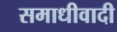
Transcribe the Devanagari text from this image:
समाधीवादी